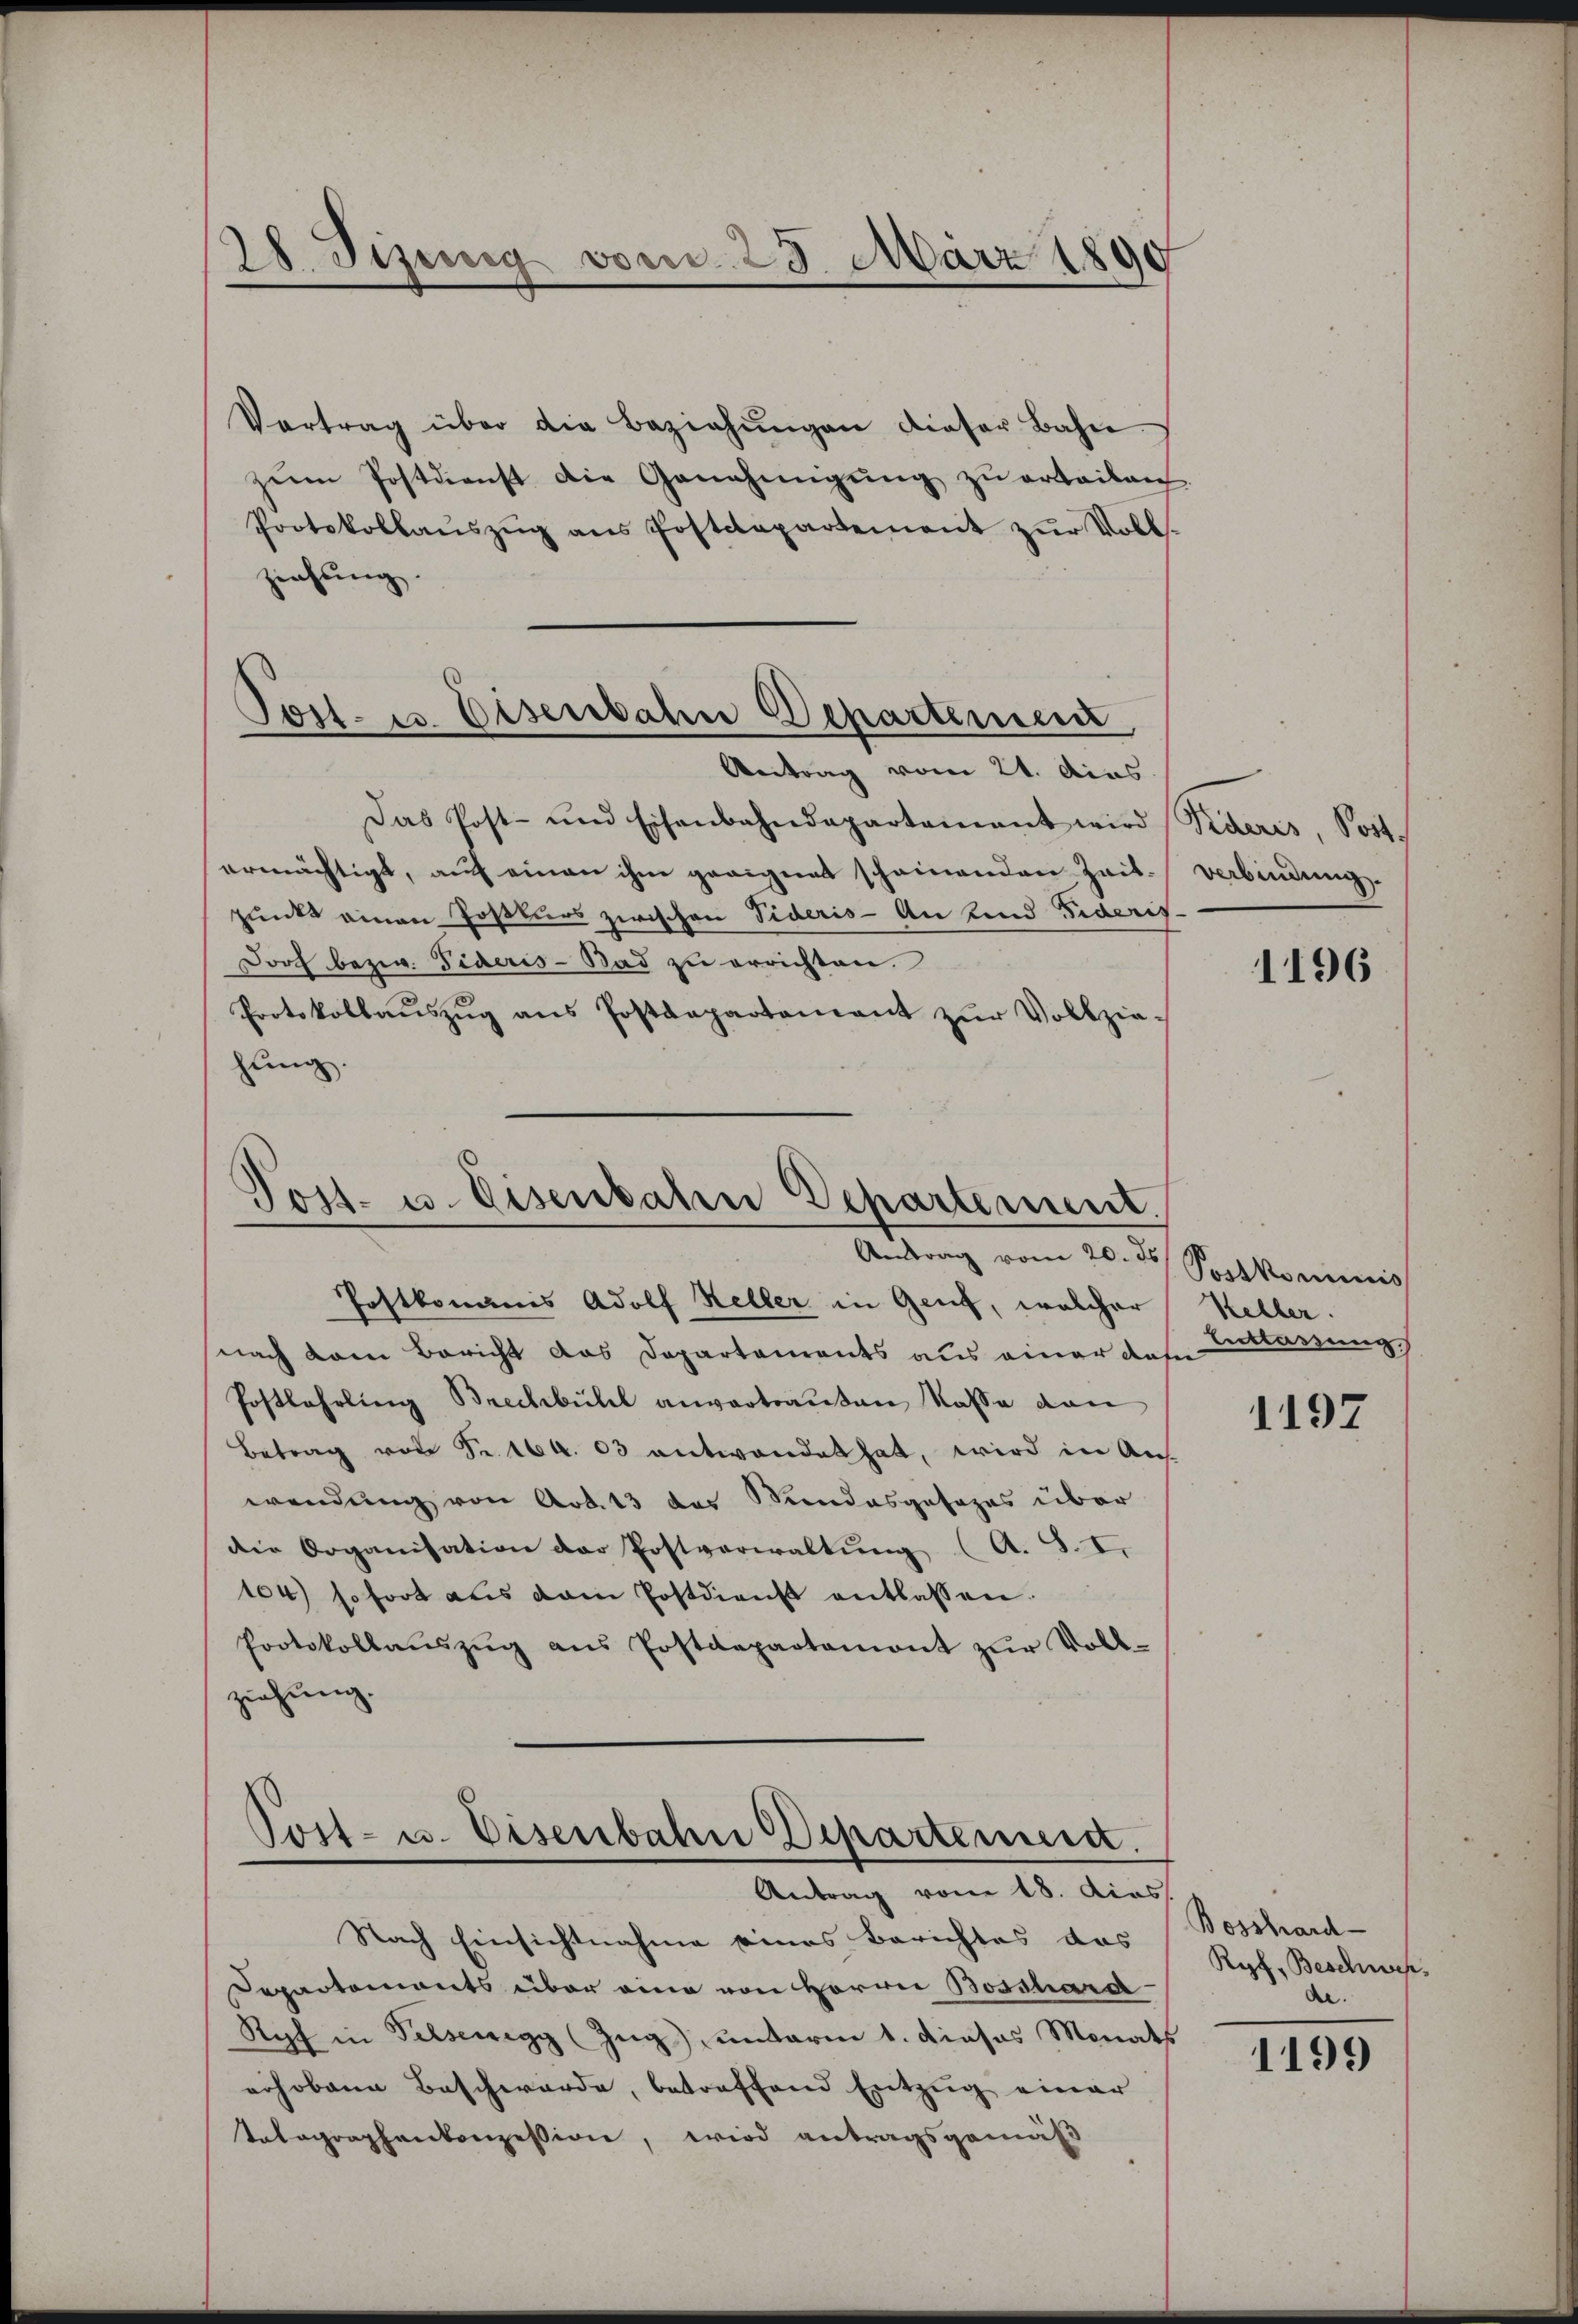
28. Sizung vom 23. März 1890

Vertrag über die Beziehŭngen dieser Bahn-
zŭm Postdienst die Genehmigŭng zŭ erteilen
Protokollaŭszŭg ans Postdepartement zŭr Voll-
ziehung.
Das Post- und Eisenbahndepartement wird Videris, Post.
ermächtigt, auf einen ihm geeignet scheinenden Zeit-
punkt einen Posters zwischen Fideris - An sind Fideris
13x Dorf bezw. Sideris-Bad zŭ errichten.
Protokollaŭszŭg ans Postdepartement zŭr Vollzie-
hung.

Jost es Disenbahn Departemen
Antrag vom 21. dies

Post- u. Eisenbaten Departement.
Antrag vom 20. ds.

Postkomanis Adolf Keller in Genf, welcher
nach dem Bericht das Departements aus einer dasir
Postlehrling Brechbühl anvertrauten Kasse dan
Betrag von Fr. 164. 03 entwendet hat, wird in Aus-
wendung von Art. 13 das Mindesgesages über
die Organisation der Postverwaltŭng (A. S. I.
104) sofort aus dem Postdienst entlassen.
Protokollaŭszŭg aŭs Postdepartemont zŭr Voll-
ziehung.
Post- u. Eisenbahn Departement.

Antrag vom 18. dies

verbindung.

Nach Einsichtnahme eines Berichtes das
Departements über eine von Herrn Bosshard-
Ropf in Pilsenegg (Zug) unterm 1. Dieses Monats
erhobene Beschwerde, betreffend Entzug einer
Tatographenkonzession, wird antragsgemäß

1196

Postkominis
Keller.
Eerblassung.

1197

Bosshard-
Ryf, Beschwach,
de.

1199